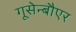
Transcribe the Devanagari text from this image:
गूसेन्बौएर